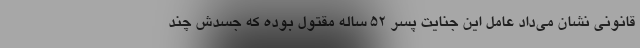
قانونی نشان می‌داد عامل این جنایت پسر ۵۲ ساله مقتول بوده که جسدش چند